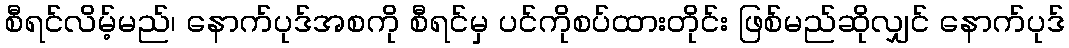
စီရင်လိမ့်မည်၊ နောက်ပုဒ်အစကို စီရင်မှ ပင်ကိုစပ်ထားတိုင်း ဖြစ်မည်ဆိုလျှင် နောက်ပုဒ်